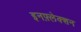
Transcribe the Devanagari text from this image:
इनफ़्लेक्शन